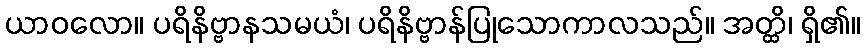
ယာဝလော။ ပရိနိဗ္ဗာနသမယံ၊ ပရိနိဗ္ဗာန်ပြုသောကာလသည်။ အတ္ထိ၊ ရှိ၏။